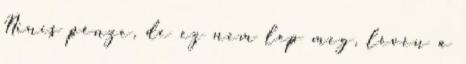
Nincs pénze, de ez nem lep meg, lévén a